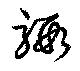
騢